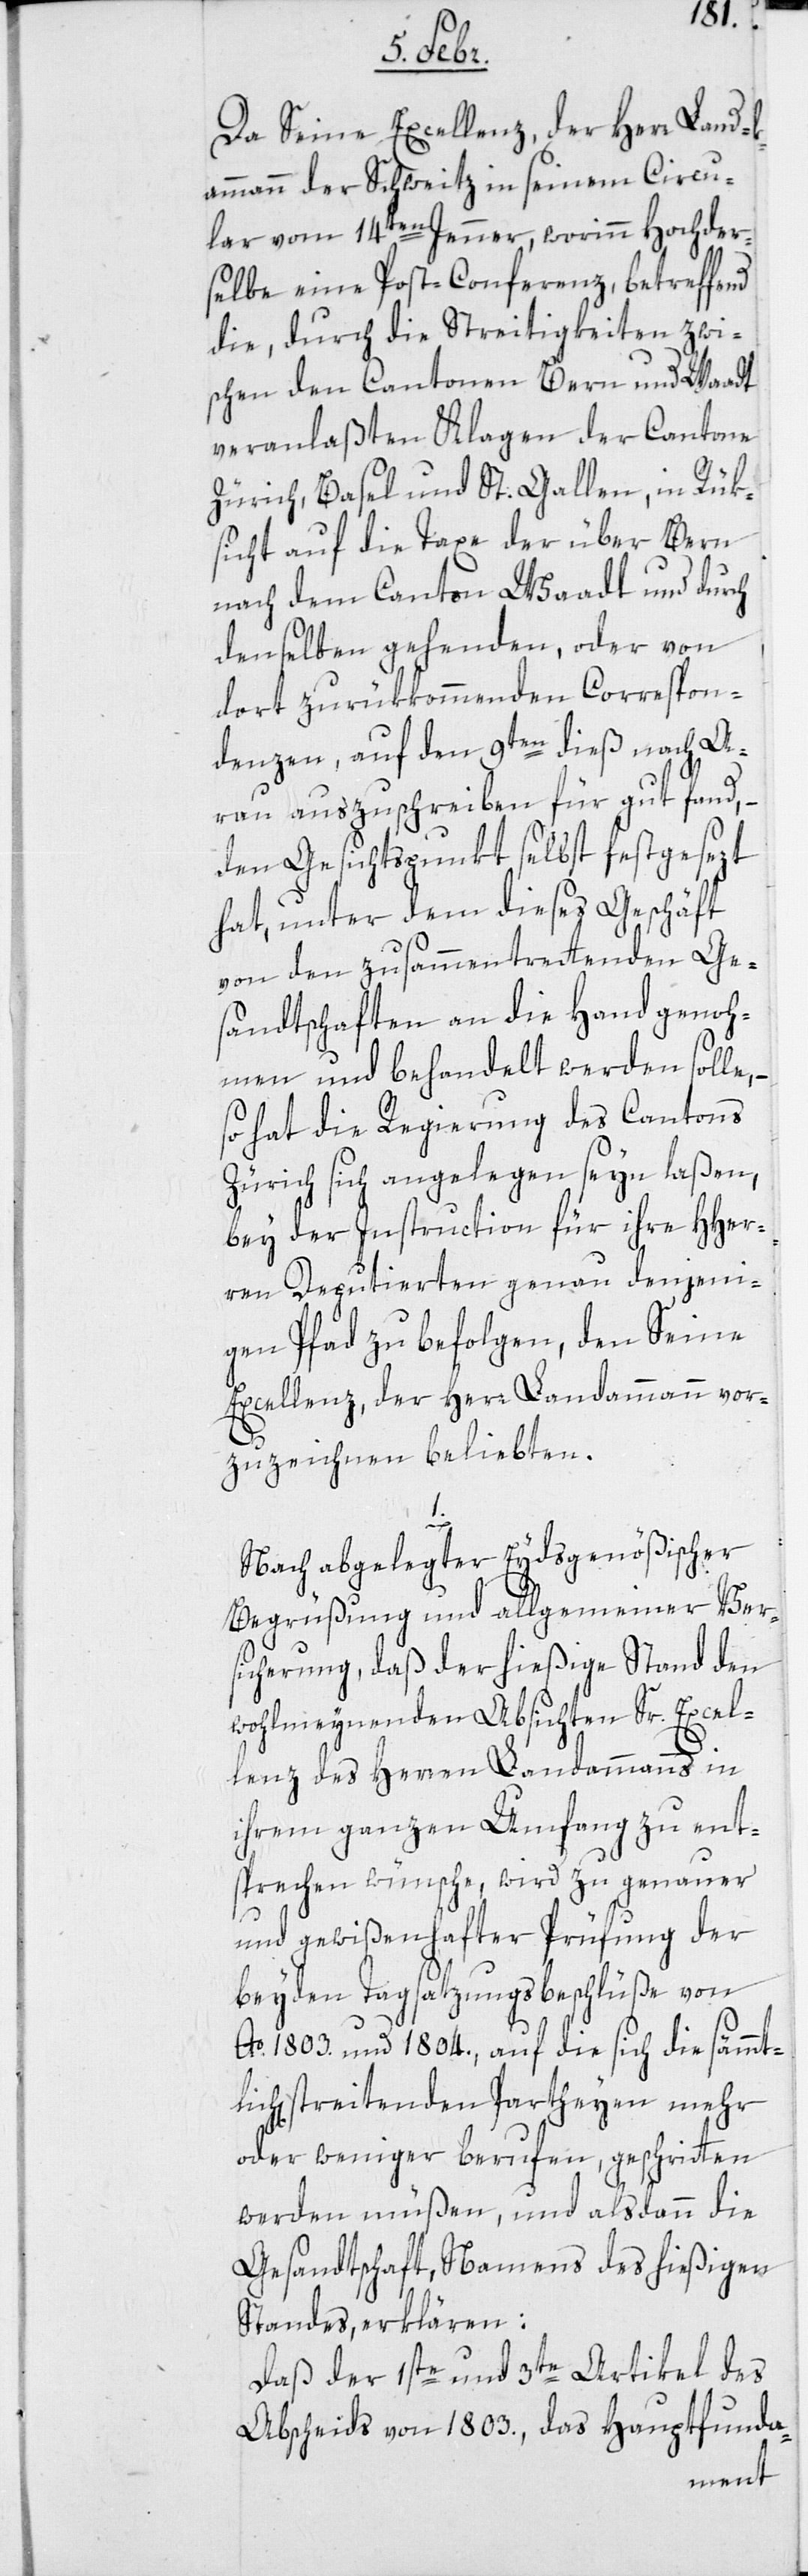
Da Seine Excellenz der Herr Land¬
ammann der Schweitz in seinem Circu¬
lare vom 14ten Jenner, worin hochder¬
selbe eine Post-Conferenz, betreffend
die, durch die Streitigkeiten zwi¬
schen den Cantonen Bern und Waadt
veranlaßten Klagen der Cantone
Zürich, Basel und St. Gallen, in Rük¬
sicht auf die Taxe der über Bern
nach dem Canton Waadt und durch
denselben gehenden, oder von
dort zurükkommenden Correspon¬
denzen, auf den 9ten dieß nach Aa¬
rau auszuschreiben für gut fand, –
den Gesichtspunkt selbst festgesezt
hat, unter dem dieses Geschäft
von den zusammen tretenden Ge¬
sandtschaften an die Hand genoh¬
men und behandelt werden solle,
so hat die Regierung des Cantons
Zürich sich angelegen seyn laßen,
bey der Instruction für ihre HHer¬
ren Deputierten genau denjeni¬
gen Pfad zu befolgen, den Seine
Excellenz der Herr Landammann vor¬
zuzeichnen beliebten.
lichen
Nach abgelegter Eydsgenößischer
Begrüßung und allgemeiner Ver¬
sicherung, daß der hießige Stand den
wohlmeynenden Absichten Sr Excel¬
lenz des Herren Landammanns in
ihrem ganzen Umfang zu ent¬
sprechen wünsche, wird zu genauer
und gewißenhafter Prüfung der
beyden Tagsatzungsbeschlüße von
Ao. 1803. und 1804., auf die sich die sämmt¬
streitenden Parteyen mehr
oder weniger berufen, geschritten
werden müßen, und alsdann die
Gesandtschaft, Namens des hießigen
Standes erklären:
Daß der 1ste und 3te Artikel des
Abscheids von 1803. das Hauptfunda-